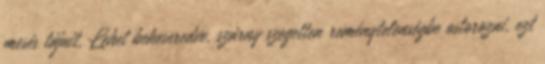
mesés tájait. Lehet bekeseredve, szárny szegetten reménytelenségbe ostorozni, ezt